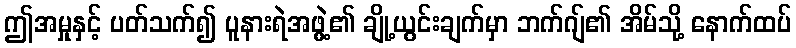
ဤအမှုနှင့် ပတ်သက်၍ ပူနားရဲအဖွဲ့၏ ချို့ယွင်းချက်မှာ ဘက်ဂျ်၏ အိမ်သို့ နောက်ထပ်